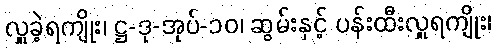
လှူခဲ့ရကျိုး၊ ဋ္ဌ-ဒု-အုပ်-၁၀၊ ဆွမ်းနှင့် ပန်းထီးလှူရကျိုး၊